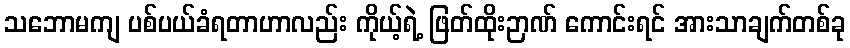
သဘောမကျ ပစ်ပယ်ခံရတာဟာလည်း ကိုယ့်ရဲ့ ဖြတ်ထိုးဉာဏ် ကောင်းရင် အားသာချက်တစ်ခု